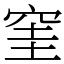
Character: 窐